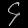
Digit: ၄